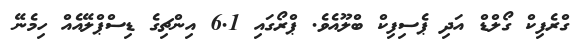
ގްރެފިކް ގޯލްޑް އަދި ޕެސިފިކް ބްލޫއެވެ. ޕްރޯގައި 6.1 އިންޗިގެ ޑިސްޕްލޭއެއް ހިމެނޭ